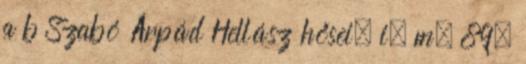
a b Szabó Árpád Hellász hősei, i. m. 89.